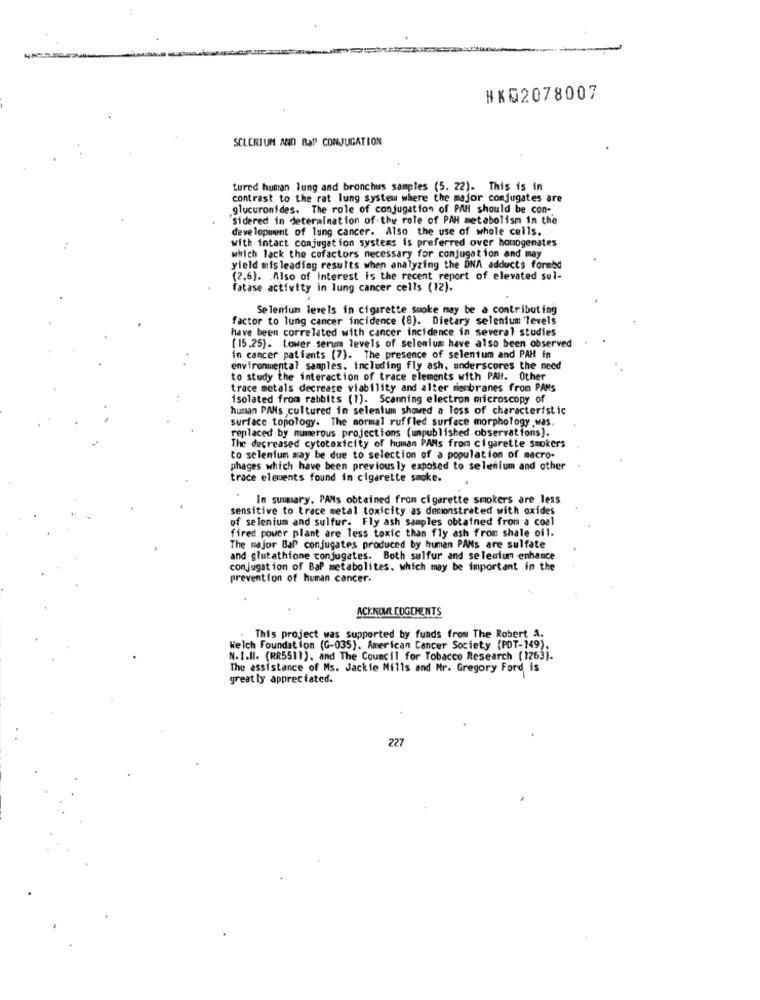
HK52078007
SCLERIUM AND BaP CONJUGATION
tured human lung and bronchus samples (5. 22). This is in
contrast to the rat lung system where the major conjugates are
.glucuronides. The role of conjugation of PAH should be con-
Sidered in determination of the role of PAH metabolism in the
development of lung cancer. Also the use of whole cells.
with intact conjugation systems is preferred over homogenates
which lack the cofactors necessary for conjugation and may
yield mis leading results when analyzing the ONA adducts formed
(2,6). Also of interest is the recent report of elevated sul-
fatase activity in lung cancer cells (12).
Selenium levels in cigarette smoke may be a contributing
factor to lung cancer incidence (8). Dietary selenium 'levels
have been correlated with cancer incidence in several studies
(15.25). Lower serum levels of selenium have also been observed
in cancer patients (7). The presence of selenium and PAH in
environmental samples, including fly ash, underscores the need
to study the interaction of trace elements with PAH !. Other
trace metals decrease viability and alter membranes from PANS
isolated from rabbits (1). Scanning electron microscopy of
human PANs cultured in selenium showed a loss of characteristic
surface topology. The normal ruffled surface morphology was
replaced by numerous projections (unpublished observations).
The decreased cytotoxicity of human PAMs from cigarette smokers
to selenium may be due to selection of a population of macro-
phages which have been previous ly exposed to selenium and other
trace elements found in cigarette smoke.
In summary. PAMs obtained from cigarette smokers are less
sensitive to trace metal toxicity as demonstrated with oxides
of selenium and sulfur. Fly ash samples obtained from a coal
fired power plant are less toxic than fly ash from shale oil.
The major Bar conjugates produced by human PANs are sulfate
and glutathione conjugates. Both sulfur and selenium enhance
conjugation of BaP metabolites, which may be important in the
prevention of human cancer.
ACKNOWL LOGEMENTS
This project was supported by funds from The Robert A.
Welch Foundation (G-035). American Cancer Society (PDT-149).
N. I.Il. (RR5511), and The Council for Tobacco Research (1263).
The assistance of Ms. Jackie Mills and Mr. Gregory Ford is
greatly appreciated.
227